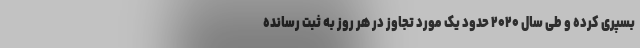
بسپری کرده و طی سال ۲۰۲۰ حدود یک مورد تجاوز در هر روز به ثبت رسانده